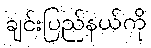
ချင်းပြည်နယ်ကို